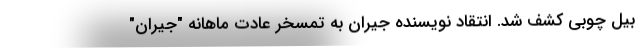
بیل چوبی کشف شد. انتقاد نویسنده جیران به تمسخر عادت ماهانه "جیران"